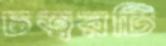
চত্বরটি